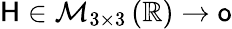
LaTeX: \mathsf{H}\in\mathcal{M}_{3\times 3}\left(\mathbb{R}\right)\to\mathsf{o}